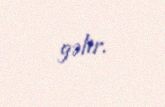
gəlir.